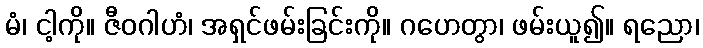
မံ၊ ငါ့ကို။ ဇီဝဂါဟံ၊ အရှင်ဖမ်းခြင်းကို။ ဂဟေတွာ၊ ဖမ်းယူ၍။ ရညော၊